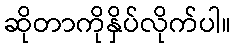
ဆိုတာကိုနှိပ်လိုက်ပါ။